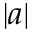
| a |